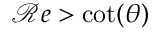
{ \mathcal R e } > \cot ( \theta )